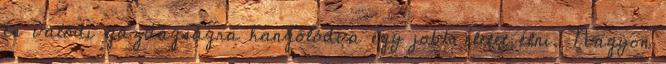
és valódi gazdagságra hangolódva egy jobb életet élni. Nagyon